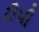
ટીપી